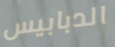
الدبابيس